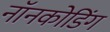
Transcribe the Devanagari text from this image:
नॉनकोडिंग